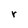
Character: r